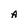
Character: A